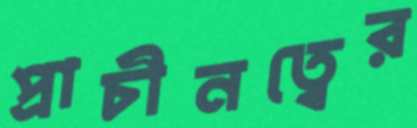
প্রাচীনত্বের